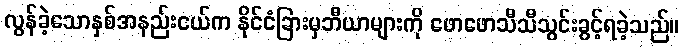
လွန်ခဲ့သောနှစ်အနည်းငယ်က နိုင်ငံခြားမှဘီယာများကို ဖောဖောသီသီသွင်းခွင့်ရခဲ့သည်။